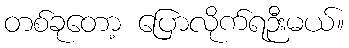
တစ်ခုတော့ ပြောလိုက်ရဉီးမယ်။